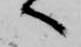
へ